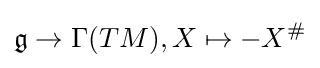
{\mathfrak {g}}\to \Gamma (TM),X\mapsto -X^{\#}